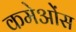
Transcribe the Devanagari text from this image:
कमेओंस